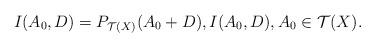
LaTeX: \begin{align*} I(A_0, D) = P_{\mathcal{T} (X)}(A_0 + D), I(A_0, D), A_0 \in \mathcal{T} (X). \end{align*}